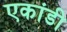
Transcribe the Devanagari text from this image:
एकांडी